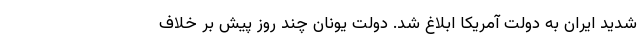
شدید ایران به دولت آمریکا ابلاغ شد. دولت یونان چند روز پیش بر خلاف